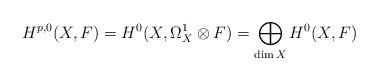
LaTeX: \begin{align*}H^{p, 0}(X, F)=H^0(X, \Omega_X^1\otimes F)=\bigoplus_{{\rm dim}\,X}H^0(X, F)\end{align*}